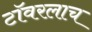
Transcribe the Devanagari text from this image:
टॉवरलाच